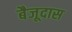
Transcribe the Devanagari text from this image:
बैजूदास